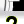
Digit: 2